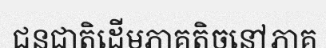
ជនជាតិដើមភាគតិចនៅភាគ